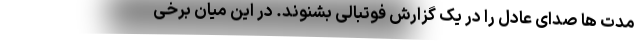
مدت ها صدای عادل را در یک گزارش فوتبالی بشنوند. در این میان برخی